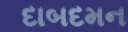
દાબદમન